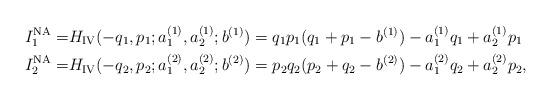
LaTeX: \begin{align*}I_1^{{\rm NA}}=&H_{{\rm IV}}(-q_1, p_1;a_1^{(1)},a_2^{(1)}; b^{(1)})= q_1p_1(q_1+p_1-b^{(1)})-a_1^{(1)} q_1+a_2^{(1)}p_1\\I_2^{{\rm NA}}=&H_{{\rm IV}}(-q_2, p_2;a_1^{(2)},a_2^{(2)}; b^{(2)})= p_2q_2(p_2+q_2-b^{(2)})-a_1^{(2)} q_2+a_2^{(2)}p_2,\end{align*}